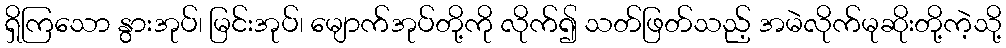
ရှိကြသော နွားအုပ်၊ မြင်းအုပ်၊ မျောက်အုပ်တို့ကို လိုက်၍ သတ်ဖြတ်သည့် အမဲလိုက်မုဆိုးတို့ကဲ့သို့